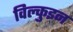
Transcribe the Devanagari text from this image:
विल्कुइन